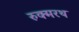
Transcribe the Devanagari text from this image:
रुक्मरथ